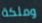
وملكة